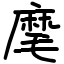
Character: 麾